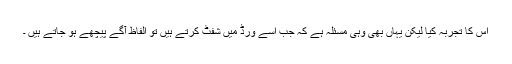
اس کا تجربہ کیا لیکن یہاں بھی وہی مسئلہ ہے کہ جب اسے ورڈ میں شفٹ کرتے ہیں تو الفاظ آگے پیچھے ہو جاتے ہیں ۔